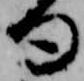
句